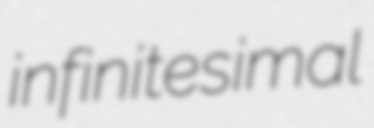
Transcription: infinitesimal